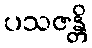
ပသဇန္တိ